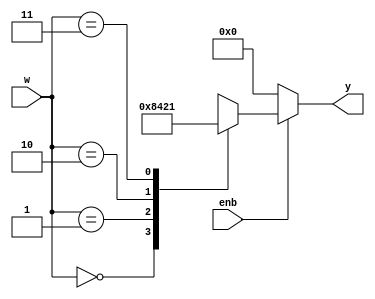
`timescale 1ns / 1ps
//////////////////////////////////////////////////////////////////////////////////
// Company: 
// Engineer: 
// 
// Design Name: 
// Module Name: decoder_2to4
// Project Name: 
// Target Devices: 
// Tool Versions: 
// Description: 
// 
// Dependencies: 
// 
// Revision:
// Revision 0.01 - File Created
// Additional Comments:
// 
//////////////////////////////////////////////////////////////////////////////////


module decoder_2to4(
    input [1:0] w, // 2-bit input
    input enb,     // tin hieu enable
    output reg [3:0] y  // 4-bit output

    );
    
    always @ (enb or w) // luon luon thuc hien chuong trinh khi co tin hieu enable hoac dau vao
    begin
    y = 0; // khoi tao voi y ban dau bang 0000
    if (enb) begin // voi enable o muc high thi thuc hien ham case
        case (w)
           2'b00 : y = 4'b1000; // dau vao = 00 thi dau ra la 1000
           2'b01 : y = 4'b0100; // dau vao = 01 thi dau ra la 0100
           2'b10 : y = 4'b0010; // dau vao = 00 thi dau ra la 0010
           2'b11 : y = 4'b0001; // dau vao = 00 thi dau ra la 0001
        endcase
      end
    end
endmodule